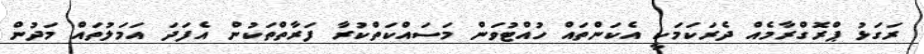
ރަގަޅު ޕްރޮގްރާމެއް ދެރަކަމަކީ އެކަންތައް ހުއްޓުވަން މަސައްކަތްކުރާ ފަރާތްތަކުން އެފަދަ އަމަލުތައް މަދުން